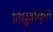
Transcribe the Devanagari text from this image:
विध्रुवीकृत